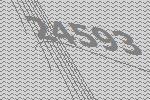
24593